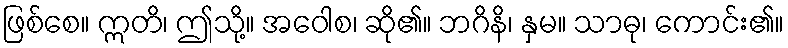
ဖြစ်စေ။ ဣတိ၊ ဤသို့။ အဝေါစ၊ ဆို၏။ ဘဂိနိ၊ နှမ။ သာဓု၊ ကောင်း၏။